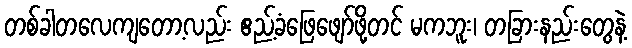
တစ်ခါတလေကျတော့လည်း ဧည့်ခံဖြေဖျော်ဖို့တင် မကဘူး၊ တခြားနည်းတွေနဲ့